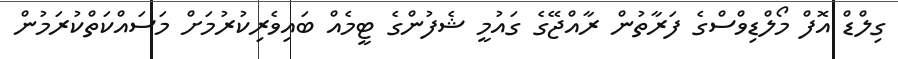
ގިލްޑް އޮފް މޯލްޑިވްސްގެ ފަރާތުން ރާއްޖޭގެ ގައުމީ ޝެފުންގެ ޓީމެއް ބައިވެރިކުރުމަށް މަސައްކަތްކުރަމުން